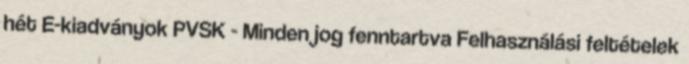
hét E-kiadványok PVSK - Minden jog fenntartva Felhasználási feltételek